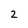
Character: 2